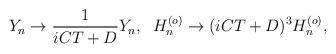
LaTeX: \begin{align*}Y_n \rightarrow \frac{1}{iCT+ D} Y_n,\;\;H_n^{(o)} \rightarrow (iCT+ D)^3 H_n^{(o)},\end{align*}